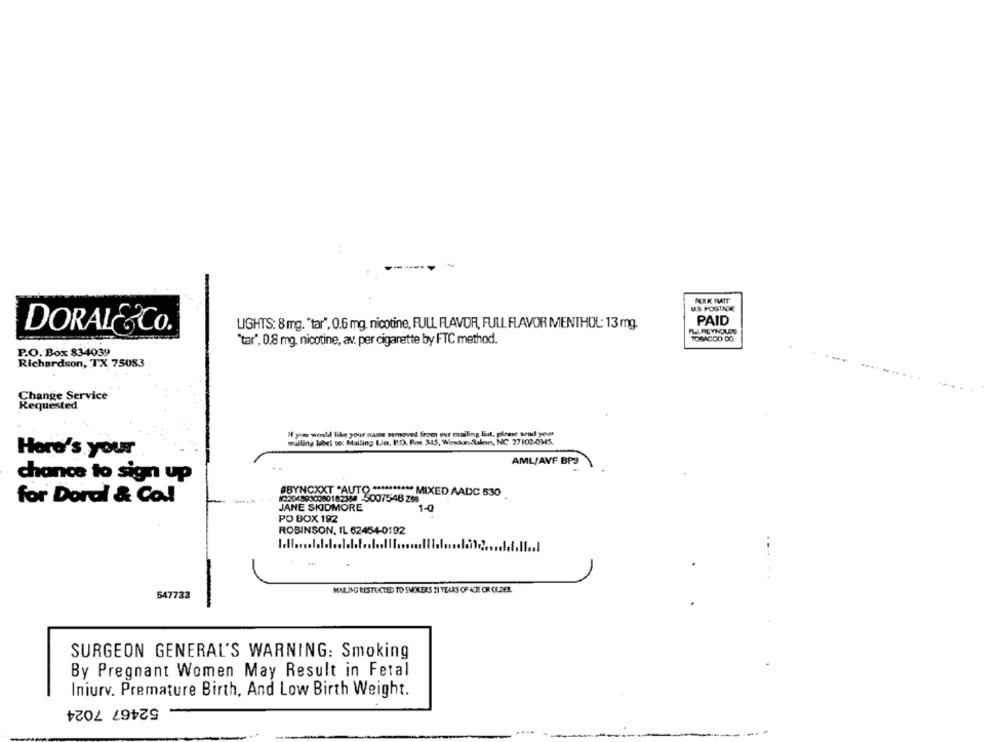
-
AURK RATT
US POSTADE
PAID
LIGHTS: 8 mg. "tar", 0.6 mg, nicotine, FULL FLAVOR, FULL FLAVOR MENTHOL: 13 mg.
DORAL&CO.
PLLREYNOLDS
"tar", 0.8 mg. nicotine, av. per cigarette by FTC method.
TOBACCO DO.
P.O. Box 834039
Richardson, TX 75083
Change Service
Requested
If you would like your name removed from our mailing list, please send your
mailing label to: Mailing Lin, P.O. Rar 345, Wirkun-Saken, NC 27100-0345.
Here's your
AML/AVF BP3
chance to sign up
#BYNCXXT "AUTO ****
N33049930080182384 -5007548 268
MIXED AADC 530
for Doral & Co.l
JANE SKIDMORE
1-0
PO BOX 192
ROBINSON, IL 62454-0192
MARING RESTRICTED TO SMOKERS 21 YEARS OF 4ÇE OR OLDER
547733
SURGEON GENERAL'S WARNING: Smoking
By Pregnant Women May Result in Fetal
Iniurv. Premature Birth, And Low Birth Weight.
52467 7024